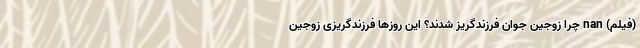
(فیلم) nan چرا زوجین جوان فرزندگریز شدند؟ این روز‌ها فرزندگریزی زوجین